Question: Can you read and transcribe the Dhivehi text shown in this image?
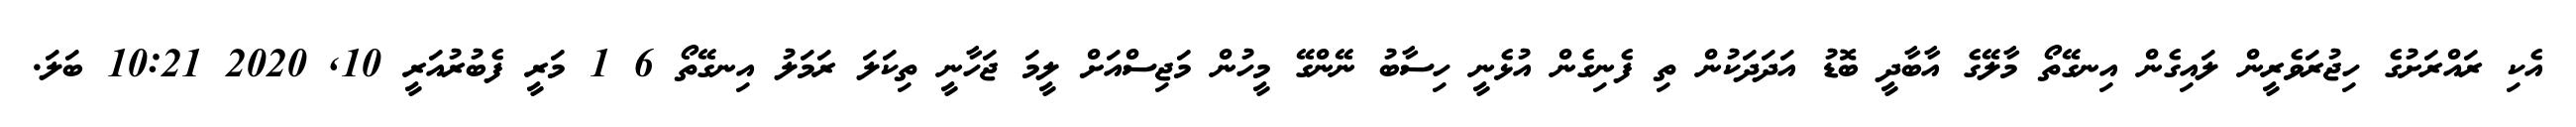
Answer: އެކި ރައްރަށުގެ ހިޖުރަވެރީން ލައިގެން އިނގޭތޯ މާލޭގެ އާބާދީ ބޮޑު އަދަދަކުން ތި ފެނިގެން އުޅެނީ ހިސާބު ނޭންގޭ މީހުން މަޖިސްއަށް ލީމަ ޖަހާނީ ތިކަލަ ރަމަލު އިނގޭތޯ 6 1 މަރީ ފެބުރުއަރީ 10, 2020 10:21 ބަލަ.